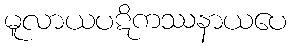
မူလာယပဋိကဿနာယပေ